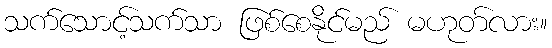
သက်သောင့်သက်သာ ဖြစ်စေနိုင်မည် မဟုတ်လား။